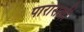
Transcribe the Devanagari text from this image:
पारासली